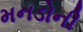
મનડોની